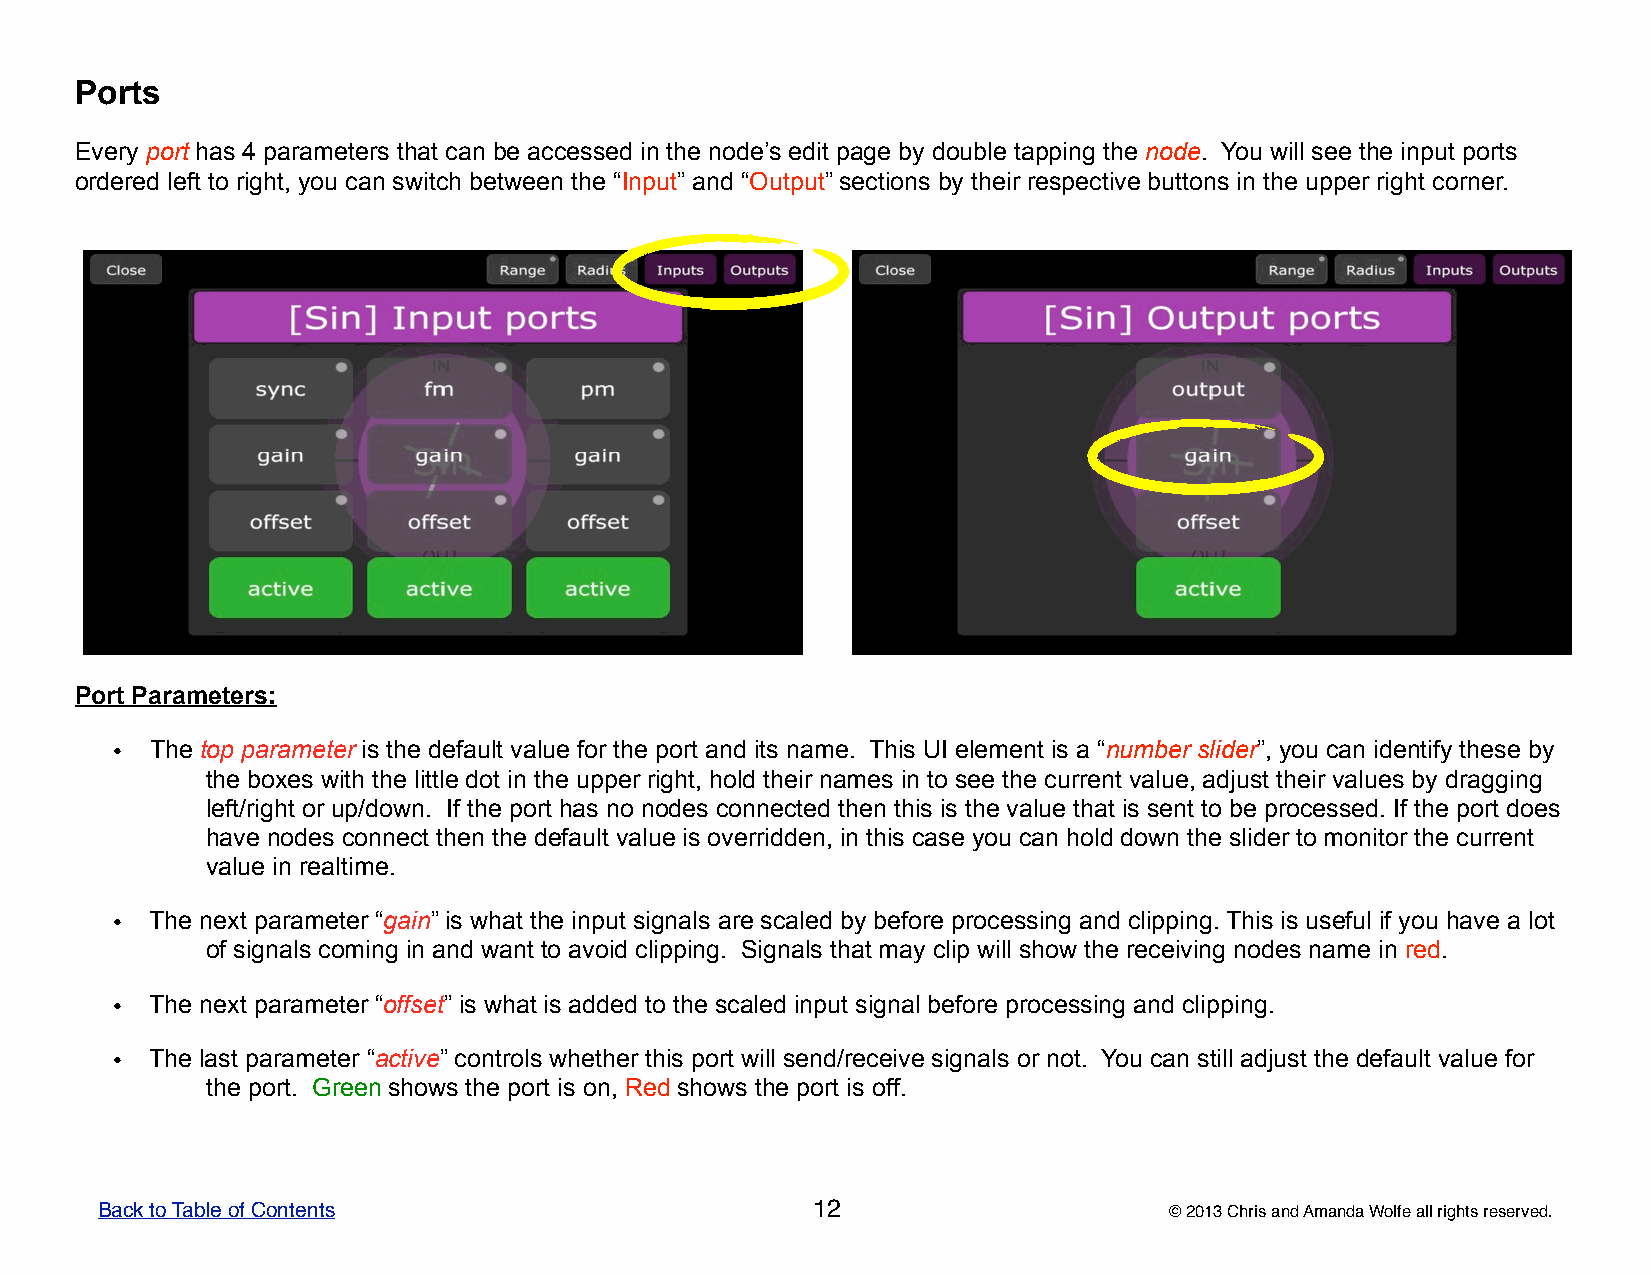
Ports
 Every port has 4 parameters that can be accessed in the node’s edit page by double tapping the node. You will see the input ports
 ordered left to right, you can switch between the “Input” and “Output” sections by their respective buttons in the upper right corner.
 Port Parameters:
 •  The top parameter is the default value for the port and its name. This UI element is a “number slider”, you can identify these by
 the boxes with the little dot in the upper right, hold their names in to see the current value, adjust their values by dragging
 left/right or up/down. If the port has no nodes connected then this is the value that is sent to be processed. If the port does
 have nodes connect then the default value is overridden, in this case you can hold down the slider to monitor the current
 value in realtime.
 •  The next parameter “gain” is what the input signals are scaled by before processing and clipping. This is useful if you have a lot
 of signals coming in and want to avoid clipping. Signals that may clip will show the receiving nodes name in red.
 •  The next parameter “offset” is what is added to the scaled input signal before processing and clipping.
 •  The last parameter “active” controls whether this port will send/receive signals or not. You can still adjust the default value for
 the port. Green shows the port is on, Red shows the port is off.
 Back to Table of Contents                       12                     © 2013 Chris and Amanda Wolfe all rights reserved.